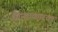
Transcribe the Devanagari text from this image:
चिन्ताकारक